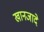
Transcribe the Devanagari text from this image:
खानजादे